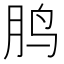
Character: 𱉒